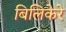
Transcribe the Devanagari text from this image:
बिलिकेरे